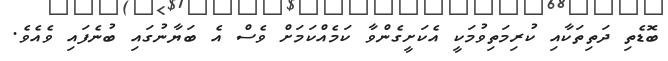
ބޮޑެތި ދަތިތަކާއި ކުރިމަތިވުމަކީ އެކަށީގެންވާ ކަމެއްކަމަށް ވެސް އެ ބަޔާނުގައި ބުނެފައި ވެއެވެ.